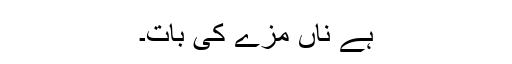
ہے ناں مزے کی بات۔